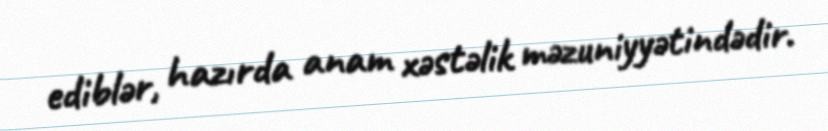
ediblər, hazırda anam xəstəlik məzuniyyətindədir.